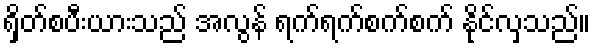
ရှိတ်စပီးယားသည် အလွန် ရက်ရက်စက်စက် နိုင်လှသည်။